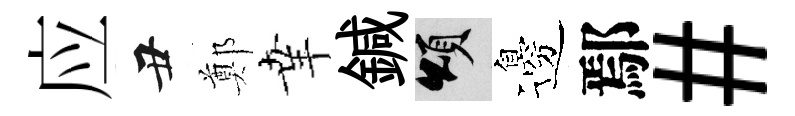
应丑鄭𦍒鍼頌邊鄢#